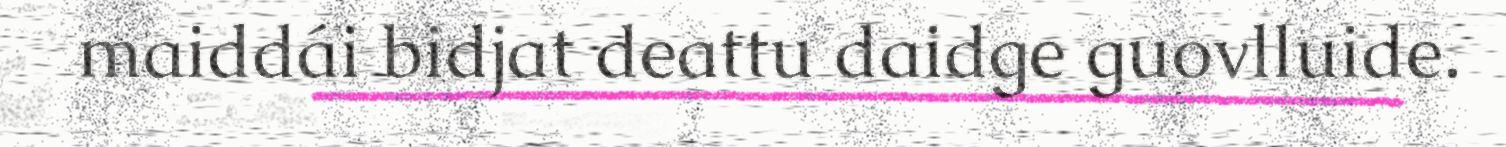
maiddái bidjat deattu daidge guovlluide.